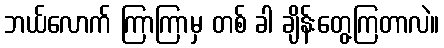
ဘယ်လောက် ကြာကြာမှ တစ် ခါ ချိန်းတွေ့ကြတာလဲ။